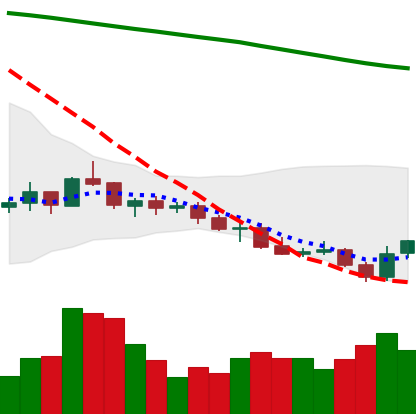
Ticker: LINK-USD
Chart end date: 2021-07-22
Forward return: 21.223%
Label: up_7plus